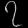
Digit: ၇